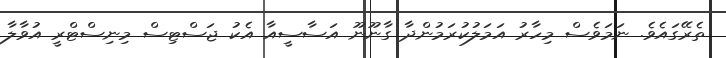
ތެރޭގައެވެ. ނަަމަވެސް މިހާރު އަމަލުކުރަމުންދާ ގާނޫނޫ އަސާސީއާ އެކު ޖަސްޓިސް މިނިސްޓްރީ އުވާލާ